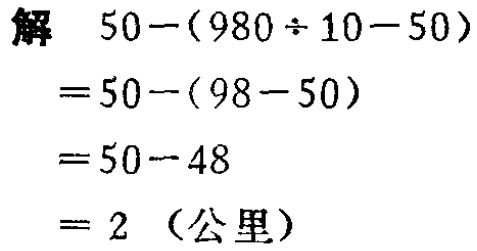
解

\[

\begin{align*}

&50-(980\div10 - 50)\\

=&50-(98 - 50)\\

=&50 - 48\\

=&2\ (\text{公里})

\end{align*}

\]